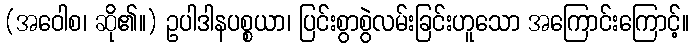
(အဝေါစ၊ ဆို၏။) ဥပါဒါနပစ္စယာ၊ ပြင်းစွာစွဲလမ်းခြင်းဟူသော အကြောင်းကြောင့်။